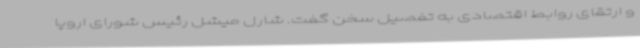
و ارتقای روابط اقتصادی به تفصیل سخن گفت. شارل میشل رئیس شورای اروپا